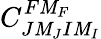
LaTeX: C_{J\mathit{M}_{J}I\mathit{M}_{I}}^{F\mathit{M}_{F}}